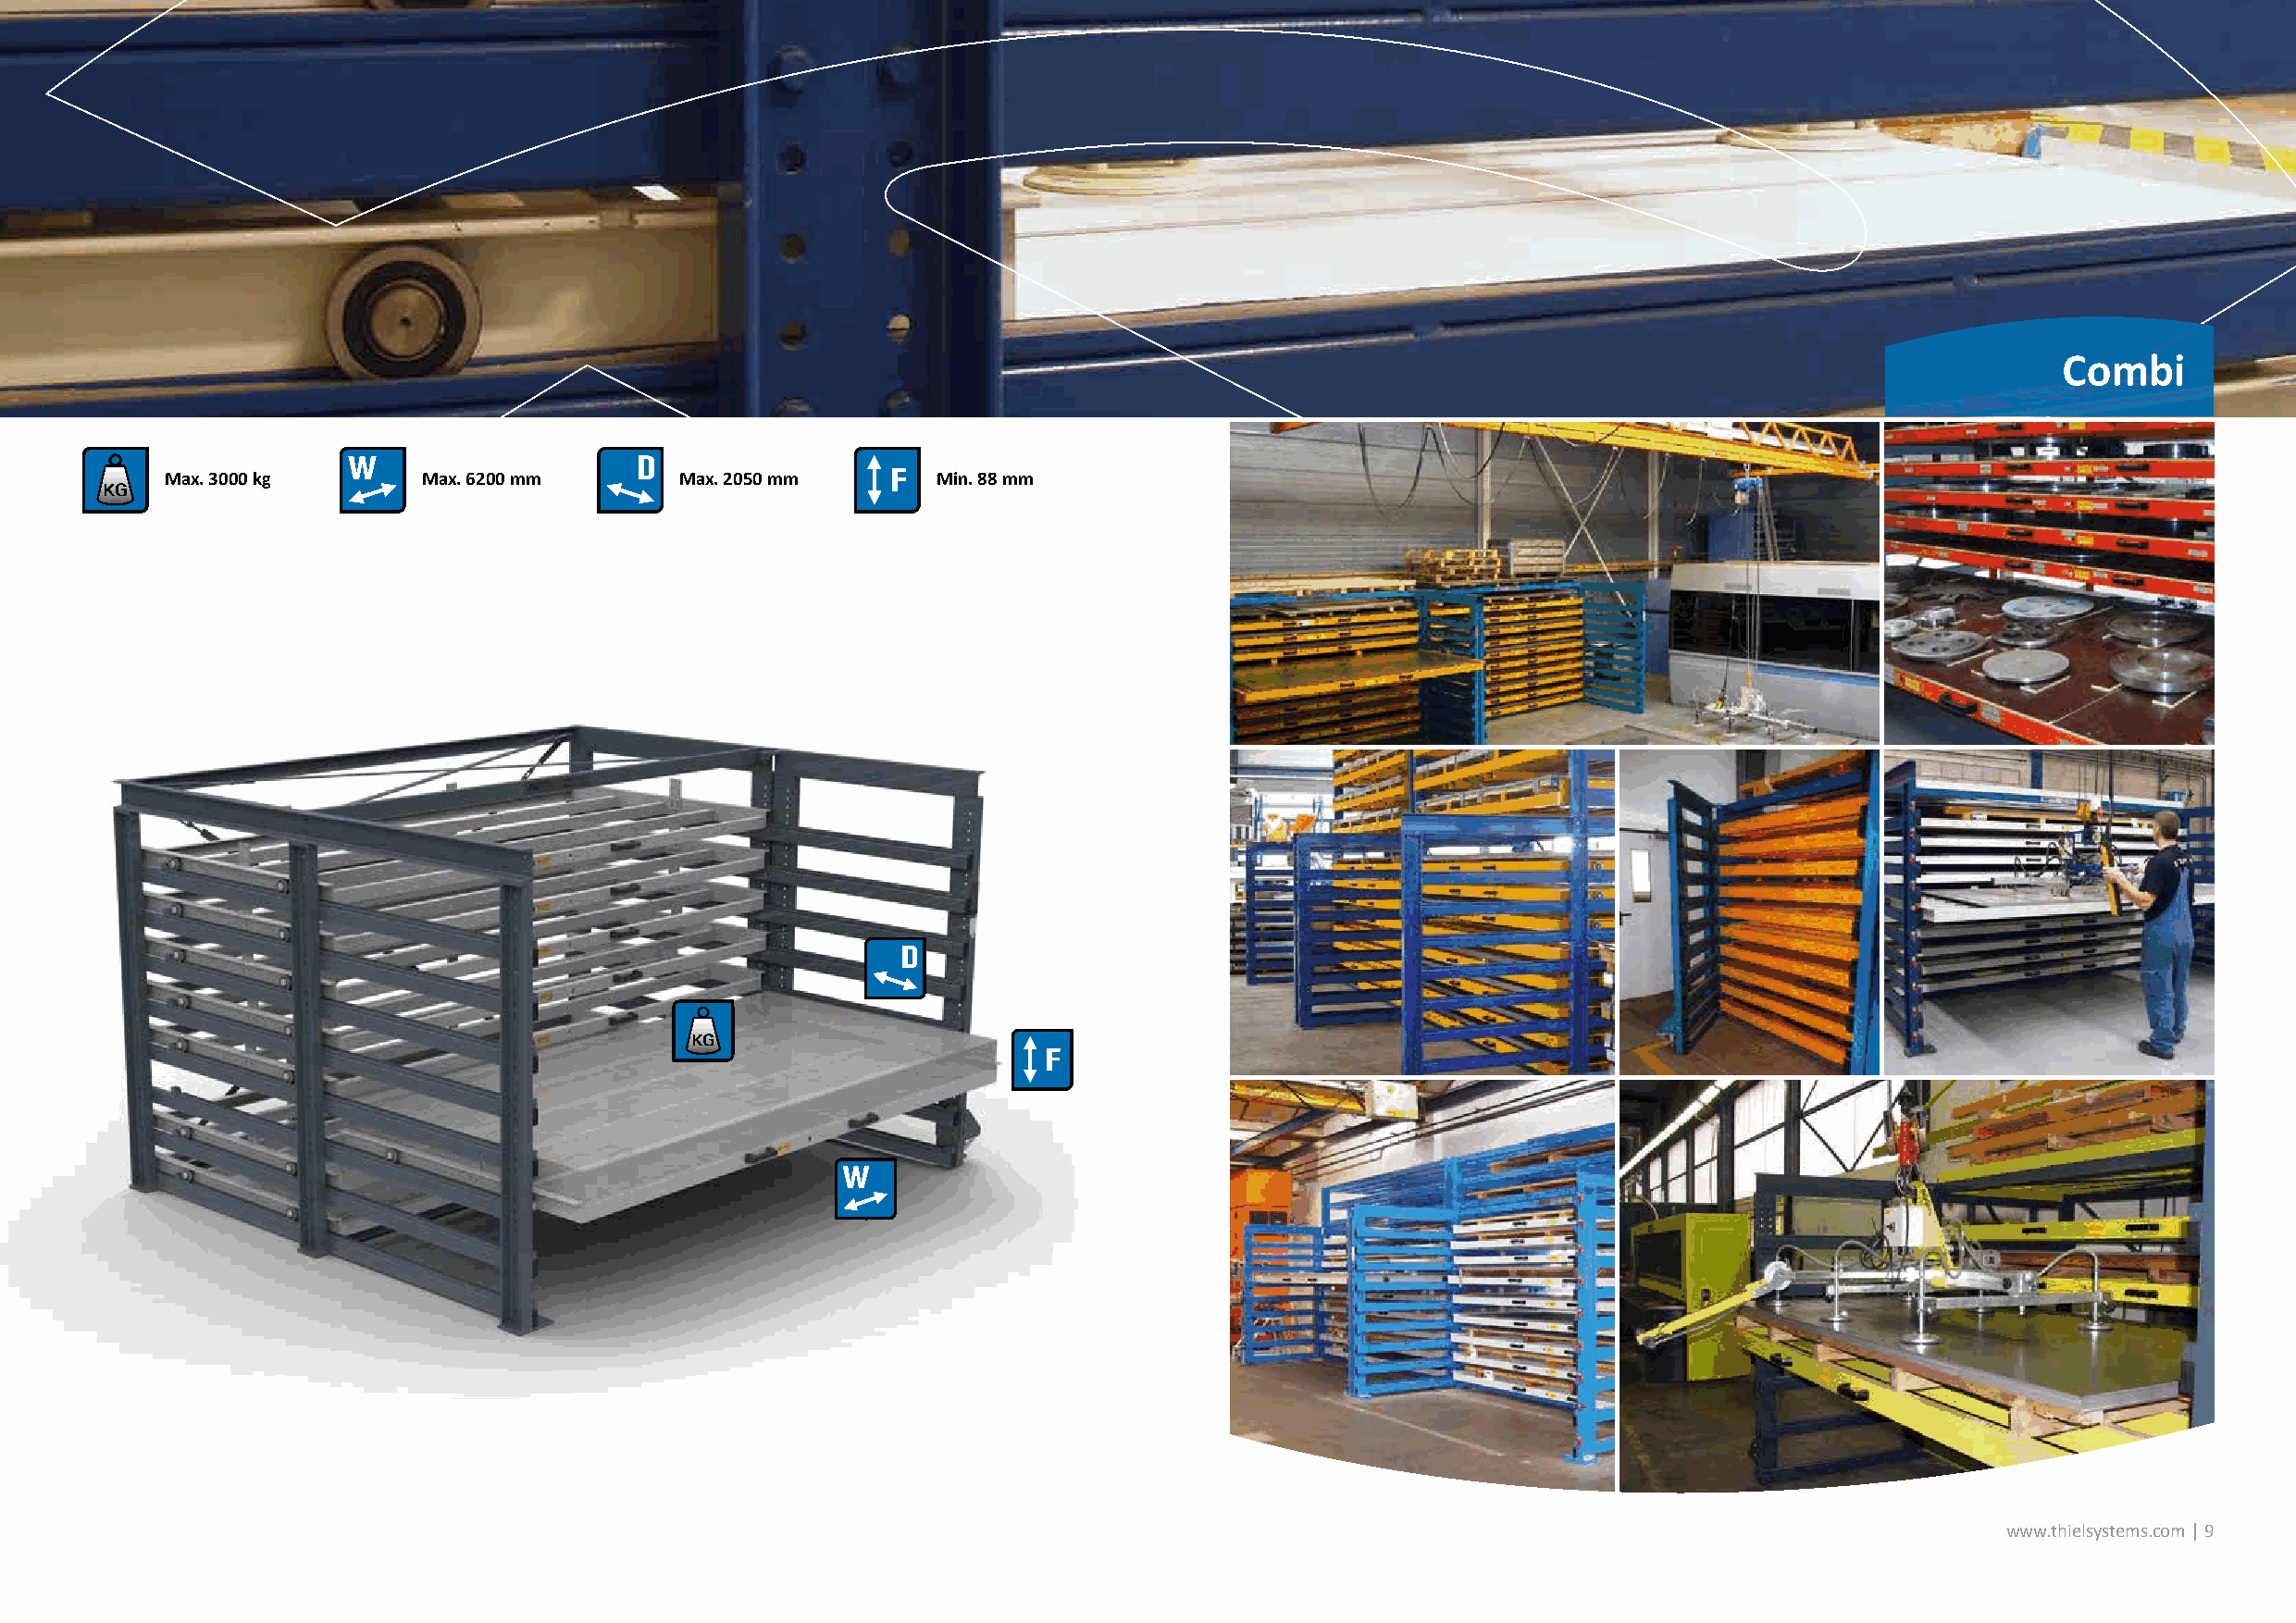
Combi
 Max. 3000 kg      Max. 6200 mm       Max. 2050 mm      Min. 88 mm
 www.thielsystems.com | 9